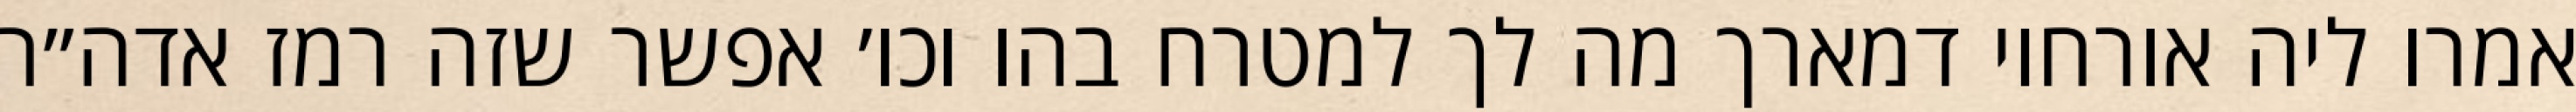
אמרו ליה אורחוי דמארך מה לך למטרח בהו וכו׳ אפשר שזה רמז אדה״ר